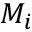
M _ { i }